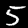
Label: 5